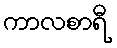
ကာလစာရီ